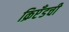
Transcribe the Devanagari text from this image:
क्रिप्टँडची